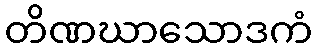
တိဏဃာသောဒကံ